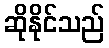
ဆိုနိုင်သည်